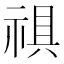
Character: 𮂀